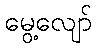
မွေ့လျော်